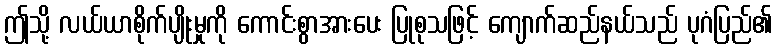
ဤသို့ လယ်ယာစိုက်ပျိုးမှုကို ကောင်းစွာအားပေး ပြုစုသဖြင့် ကျောက်ဆည်နယ်သည် ပုဂံပြည်၏